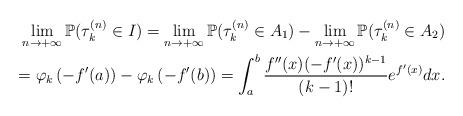
LaTeX: \begin{align*}\lim_{n\to+\infty}\mathbb{P}(\tau_k^{(n)}\in I)=\lim_{n\to+\infty}\mathbb{P}(\tau_k^{(n)}\in A_1)-\lim_{n\to+\infty}\mathbb{P}(\tau_k^{(n)}\in A_2)\\=\varphi_k\left(-f'(a)\right)-\varphi_k\left(-f'(b)\right)=\int_a^{b}\frac{f''(x)(-f'(x))^{k-1}}{(k-1)!}e^{f'(x)}dx.\end{align*}